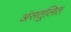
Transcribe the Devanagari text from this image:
अंसतुलित